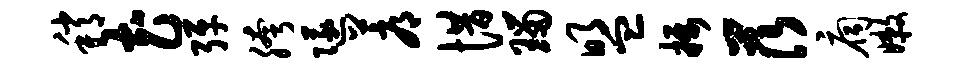
稍花弹胯隧蓐惜瑙盟摄茨扃嫩